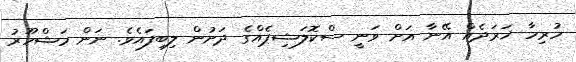
ހުރިހާ ޚަރަދެއް އޭނާ އަށް ވަނީ ސްކޮލަޝިޕެއްގެ ދަށުން ލިބިފައެވެ. ނަން މަޝްހޫރު